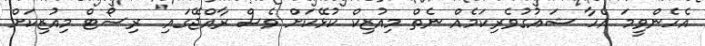
އެހެންވީމަ އެހާ ޝައުގުވެރިކަމެއް ނެތް މިއުޒިކް ކުޅޭކަށް ވެސް ރާއްޖޭގައި" ރިސޯޓް މިއުޒިކަށް